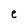
Character: e